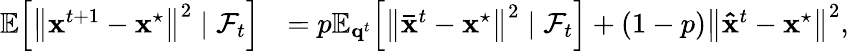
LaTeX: \begin{array}{rl}{\mathbb{E}\! \left[\left\| \mathbf{x}^{t+1}-\mathbf{x}^{\star}\right\| ^{2}\; |\; \mathcal{F}_{t}\right]}&{=p\mathbb{E}_{\mathbf{q}^{t}}\! \left[\left\| \mathbf{\bar{x}}^{t}-\mathbf{x}^{\star}\right\| ^{2}\; |\; \mathcal{F}_{t}\right]+(1-p)\left\| \mathbf{\hat{x}}^{t}-\mathbf{x}^{\star}\right\| ^{2},}\end{array}